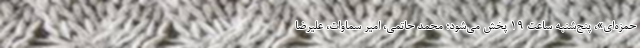
حمزه‌ای»، پنج‌شنبه ساعت ۱۹ پخش می‌شود؛ محمد حاتمی، امیر سماوات، علیرضا